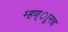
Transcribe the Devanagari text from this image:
म्हण्ाूनच